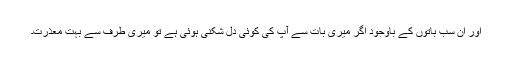
اور ان سب باتوں کے باوجود اگر میری بات سے آپ کی کوئی دل شکنی ہوئی ہے تو میری طرف سے بہت معذرت۔